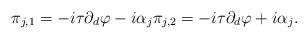
LaTeX: \begin{align*} \pi_{j,1}= -i\tau\partial_d\varphi - i \alpha_j \pi_{j,2}=-i\tau\partial_d\varphi + i \alpha_j.\end{align*}